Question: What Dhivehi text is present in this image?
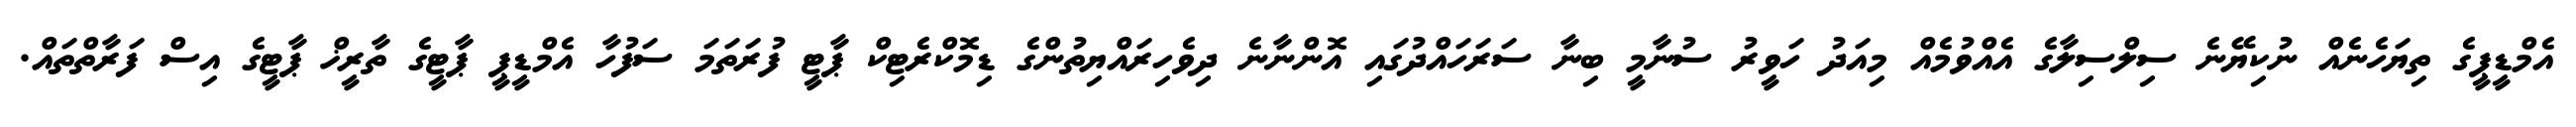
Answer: އެމްޑީޕީގެ ތިޔަހެނެއް ނުކިޔޭނެ ސިލްސިލާގެ އެއްވުމެއް މިއަދު ހަވީރު ސުނާމީ ބިނާ ސަރަހައްދުގައި އޮންނާނެ ދިވެހިރައްޔިތުންގެ ޑިމޮކްރެޓިކް ޕާޓީ ފުރަތަމަ ސަފުހާ އެމްޑީޕީ ޕާޓީގެ ތާރީޚް ޕާޓީގެ އިސް ފަރާތްތައް.